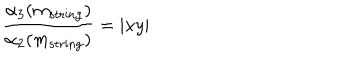
\frac { \alpha _ { 3 } ( m _ { \mathrm { s t r i n g } } ) } { \alpha _ { 2 } ( m _ { \mathrm { s t r i n g } } ) } = | x y |